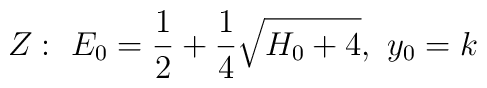
Z:~E_0={1\over 2}+{1\over 4}\sqrt{H_0+4},~y_0=k